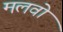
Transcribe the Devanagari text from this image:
मलवो